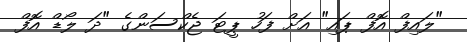
"ލައިފް އޮފް ޕައި" އަށް ފަހު ޕީޓަ ޖެކްސަންގެ "ދަ ލޯޑް އޮފް